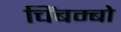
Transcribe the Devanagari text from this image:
चिंबम्बो